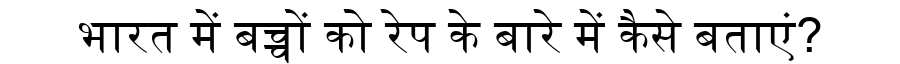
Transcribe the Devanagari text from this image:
भारत में बच्चों को रेप के बारे में कैसे बताएं?